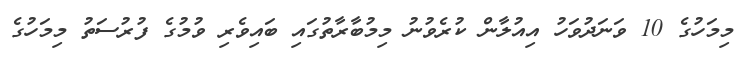
މިމަހުގެ 10 ވަނަދުވަހު އިއުލާން ކުރެވުނު މިމުބާރާތުގައި ބައިވެރި ވުމުގެ ފުރުސަތު މިމަހުގެ